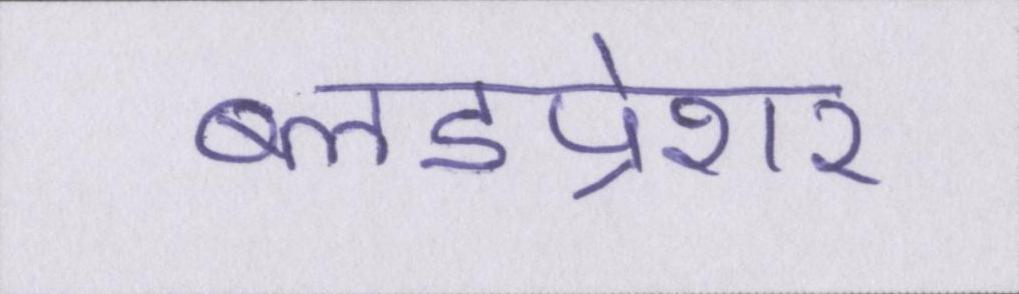
ब्लडप्रेशर